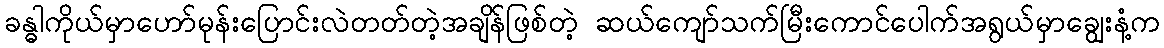
ခန္ဓါကိုယ်မှာဟော်မုန်းပြောင်းလဲတတ်တဲ့အချိန်ဖြစ်တဲ့ ဆယ်ကျော်သက်မြီးကောင်ပေါက်အရွယ်မှာချွေးနံ့က